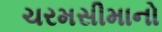
ચરમસીમાનો